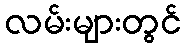
လမ်းများတွင်